Civil Veterinary Dept. North-West Frontier Province 1933-46 - 1933-1946
Year: 1933
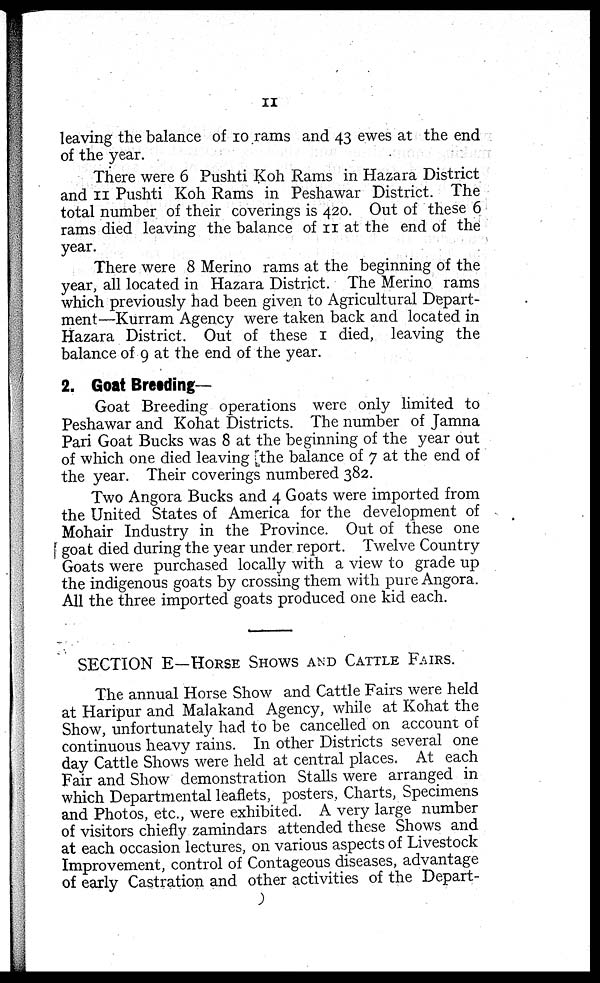
11
leaving the balance of 10 rams and 43 ewes at the end
of the year.
There were 6 Pushti Koh Rams in Hazara District
and 11 Pushti Koh Rams in Peshawar District. The
total number of their coverings is 420. Out of these 6
rams died leaving the balance of 11 at the end of the
year.
There were 8 Merino rams at the beginning of the
year, all located in Hazara District. The Merino rams
which previously had been given to Agricultural Depart-
ment—Kurram Agency were taken back and located in
Hazara District. Out of these 1 died, leaving the
balance of 9 at the end of the year.
2. Goat Breeding—
Goat Breeding operations were only limited to
Peshawar and Kohat Districts. The number of Jamna
Pari Goat Bucks was 8 at the beginning of the year out
of which one died leaving the balance of 7 at the end of
the year. Their coverings numbered 382.
Two Angora Bucks and 4 Goats were imported from
the United States of America for the development of
Mohair Industry in the Province. Out of these one
goat died during the year under report. Twelve Country
Goats were purchased locally with a view to grade up
the indigenous goats by crossing them with pure Angora.
All the three imported goats produced one kid each.
SECTION E—HORSE SHOWS AND CATTLE FAIRS.
The annual Horse Show and Cattle Fairs were held
at Haripur and Malakand Agency, while at Kohat the
Show, unfortunately had to be cancelled on account of
continuous heavy rains. In other Districts several one
day Cattle Shows were held at central places. At each
Fair and Show demonstration Stalls were arranged in
which Departmental leaflets, posters. Charts, Specimens
and Photos, etc., were exhibited. A very large number
of visitors chiefly zamindars attended these Shows and
at each occasion lectures, on various aspects of Livestock
Improvement, control of Contageous diseases, advantage
of early Castration and other activities of the Depart-